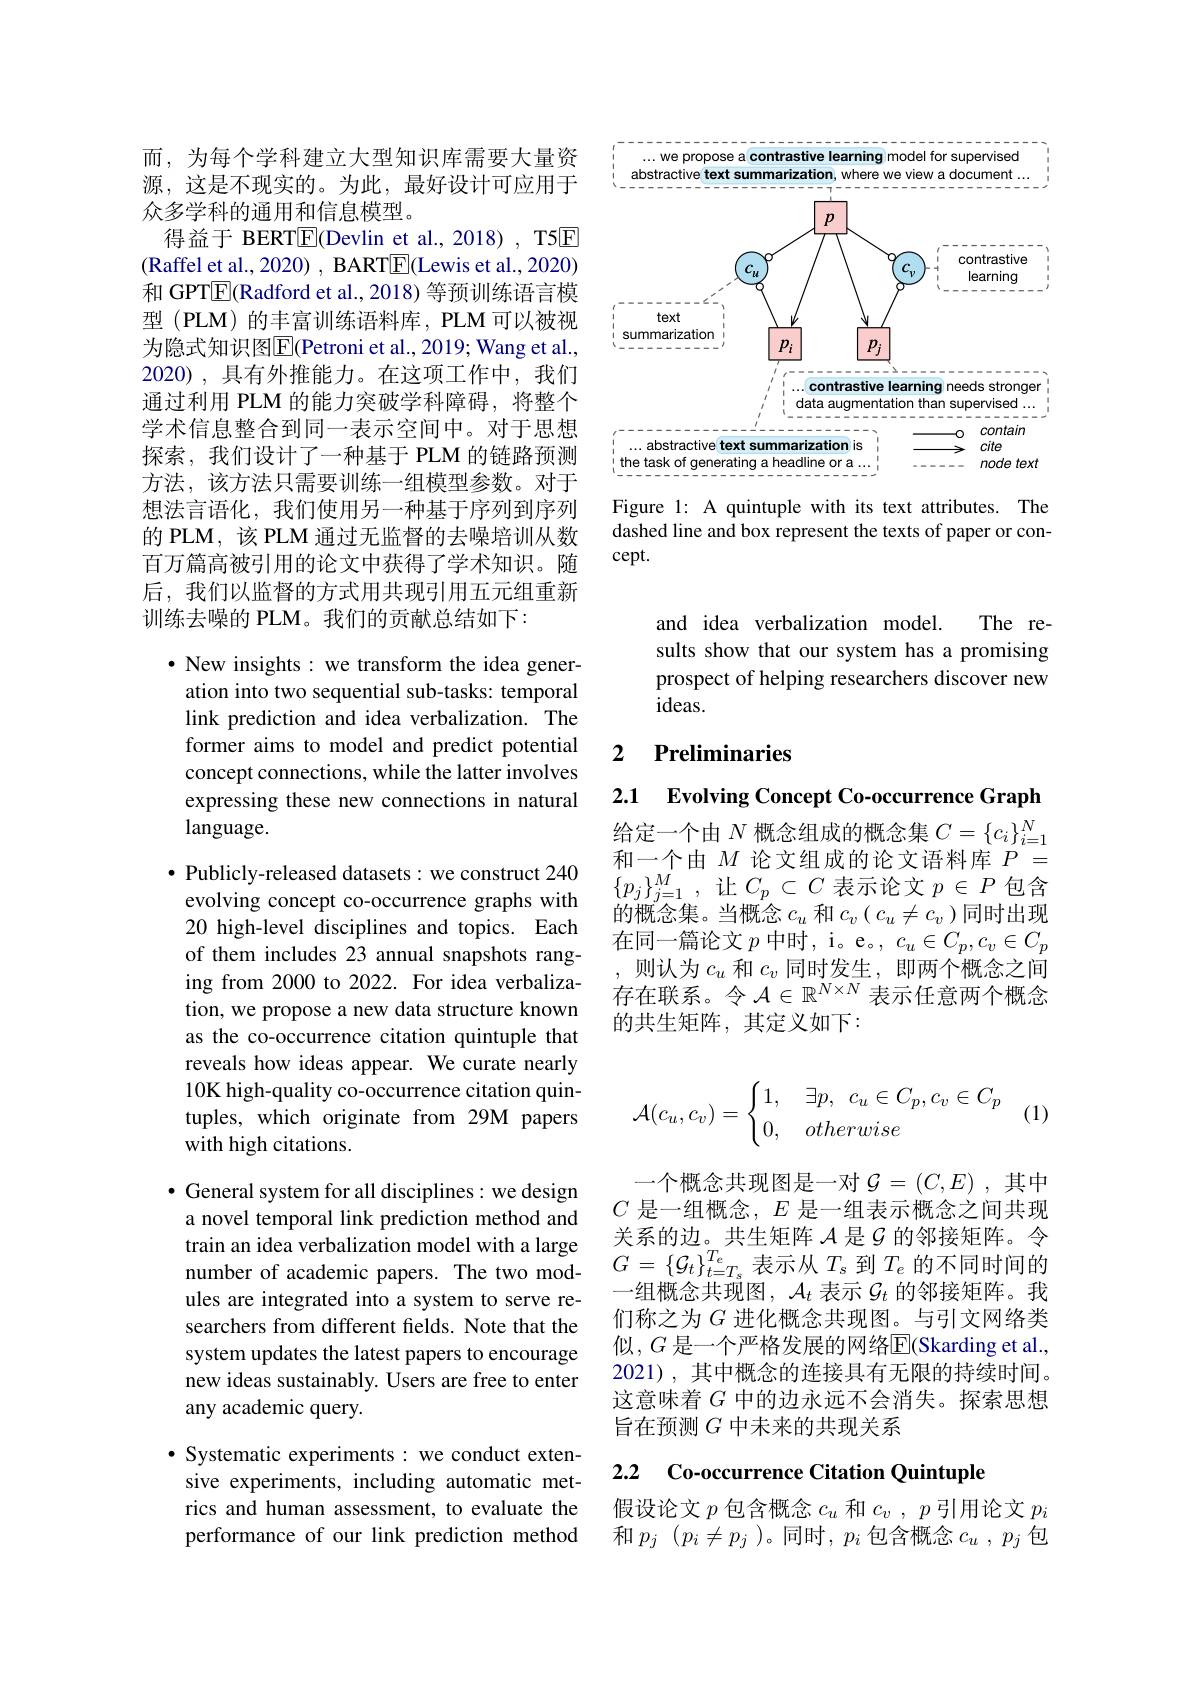
而，为每个学科建立大型知识库需要大量资源，这是不现实的。为此，最好设计可应用于众多学科的通用和信息模型。
得益于 BERT$\boxed{\mathrm{F}}$(Devlin et al., 2018) , T5[E] (Raffel et al., 2020) , BART$\boxed{\mathrm{E}}($Lewis et al., 2020) 和 GPT$\boxed{\mathrm{F}}($Radford et al., 2018) 等预训练语言模型 (PLM) 的丰富训练语料库，PLM 可以被视为隐式知识图$\overline{\mathrm{E}}$(Petroni et al., 2019; Wang et al., 2020),具有外推能力。在这项工作中，我们通过利用 PLM 的能力突破学科障碍，将整个学术信息整合到同一表示空间中。对于思想探索，我们设计了一种基于 PLM 的链路预测方法，该方法只需要训练一组模型参数。对于想法言语化，我们使用另一种基于序列到序列的 PLM, 该 PLM 通过无监督的去噪培训从数百万篇高被引用的论文中获得了学术知识。随后，我们以监督的方式用共现引用五元组重新训练去噪的 PLM。我们的贡献总结如下：

$\bullet$ New insights: we transform the idea generation into two sequential sub-tasks: temporal link prediction and idea verbalization. The former aims to model and predict potential concept connections, while the latter involves expressing these new connections in natural language.

$\bullet$ Publicly-released datasets: we construct 240 evolving concept co-occurrence graphs with 20 high-level disciplines and topics. Each of them includes 23 annual snapshots ranging from 2000 to 2022. For idea verbalization, we propose a new data structure known as the co-occurrence citation quintuple that reveals how ideas appear. We curate nearly 10K high-quality co-occurrence citation quintuples, which originate from 29M papers with high citations.

$\bullet$ General system for all disciplines: we design a novel temporal link prediction method and train an idea verbalization model with a large train an dea verbalızauon model wlı a large $G=\{\mathcal{G}_t\}_{t=T_s}^{T_e}$表示从$T_\mathrm{s}$到$T_e$的不同时间的number of academic papers. The two mod- $G=\{\mathcal{G}_t\}_{t=T_s}^{T_e}$表示从$T_\mathrm{s}$到$T_e$的不同时间的
ules are integrated into a system to serve researchers from different fields. Note that the system updates the latest papers to encourage new ideas sustainably. Users are free to enter any academic query.

$\bullet$ Systematic experiments: we conduct extensive experiments, including automatic metrics and human assessment, to evaluate the performance of our link prediction method

we propose a contrastive learning model for supervised
viewa document
abstractive text summarization. where
<FigureHere>

Figure 1: A quintuple with its text attributes. The dashed line and box represent the texts of paper or con- $cept.$

and idea verbalization model.
The re-
sults show that our system has a promising prospect of helping researchers discover new ideas.

## 2 $\textbf{Preliminaries}$

2.1 Evolving Concept Co-occurrence Graph

给定一个由$N$概念组成的概念集$C=\{c_i\}_i=1^N$ 和一个由$M$论文组成的论文语料库$P=$ $\{p_j\}_{j=1}^M$,让$C_p\subset C$表示论文$p\in P$包含的概念集。当概念$c_u$ 和$c_v\left(c_u\neq c_v\right)$同时出现在同一篇论文$p$中时，i。e。, $c_u\in C_p,c_v\in C_p$ 则认为$c_u$和$c_v$同时发生，即两个概念之间存在联系。令$\mathcal{A}\in\mathbb{R}^{N\times N}$表示任意两个概念的共生矩阵，其定义如下：
$$\mathcal{A}(c_u,c_v)=\begin{cases}1,&\:\exists p,\:c_u\in C_p,c_v\in C_p\\0,&\:otherwise\end{cases}$$
(1)

一个概念共现图是一对$\mathcal{G}=(C,E)$,其中$C$是一组概念，$E$是一组表示概念之间共现关系的边。共生矩阵$\mathcal{A}$是$\mathcal{G}$的邻接矩阵。令一组概念共现图，$\mathcal{A}_t$表示$\mathcal{G}_t$的邻接矩阵。我们称之为$G$ 进化概念共现图。与引文网络类似$,G$ 是一个严格发展的网络$\overline{\mathrm{E}}($Skarding et al., 2021), 其中概念的连接具有无限的持续时间。这意味着$G$中的边永远不会消失。探索思想旨在预测$G$中未来的共现关系

2.2 Co-occurrence Citation Quintuple

假设论文$p$包含概念$c_u$和$c_v,p$引用论文$p_i$ 和$p_j$ $(p_i\neq p_j$ )。同时，$p_i$包含概念$c_u,p_j$包